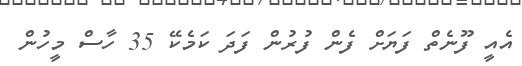
އެއީ ފޫނެތް ފަޔަށް ފެން ފުރުން ފަދަ ކަމެކޭ 35 ހާސް މީހުން